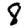
Digit: 8